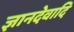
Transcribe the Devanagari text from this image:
ज्ञानदेवादि